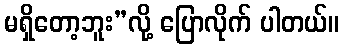
မရှိတော့ဘူး”လို့ ပြောလိုက် ပါတယ်။